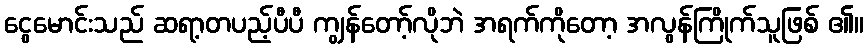
ငွေမောင်းသည် ဆရာ့တပည့်ပီပီ ကျွန်တော့်လိုဘဲ အရက်ကိုတော့ အလွန်ကြိုက်သူဖြစ် ၏။